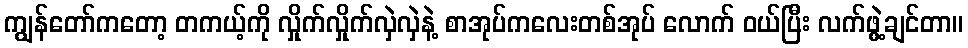
ကျွန်တော်ကတော့ တကယ့်ကို လှိုက်လှိုက်လှဲလှဲနဲ့ စာအုပ်ကလေးတစ်အုပ် လောက် ဝယ်ပြီး လက်ဖွဲ့ချင်တာ။